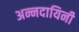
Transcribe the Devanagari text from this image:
अन्नदायिनी